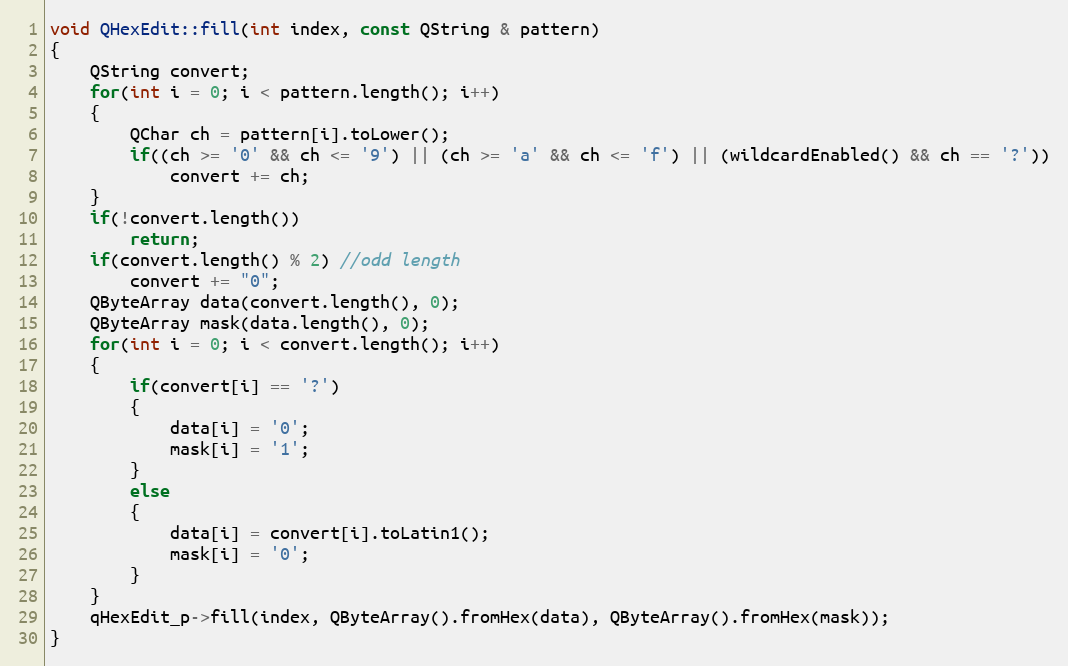
Language: C++
void QHexEdit::fill(int index, const QString & pattern)
{
    QString convert;
    for(int i = 0; i < pattern.length(); i++)
    {
        QChar ch = pattern[i].toLower();
        if((ch >= '0' && ch <= '9') || (ch >= 'a' && ch <= 'f') || (wildcardEnabled() && ch == '?'))
            convert += ch;
    }
    if(!convert.length())
        return;
    if(convert.length() % 2) //odd length
        convert += "0";
    QByteArray data(convert.length(), 0);
    QByteArray mask(data.length(), 0);
    for(int i = 0; i < convert.length(); i++)
    {
        if(convert[i] == '?')
        {
            data[i] = '0';
            mask[i] = '1';
        }
        else
        {
            data[i] = convert[i].toLatin1();
            mask[i] = '0';
        }
    }
    qHexEdit_p->fill(index, QByteArray().fromHex(data), QByteArray().fromHex(mask));
}